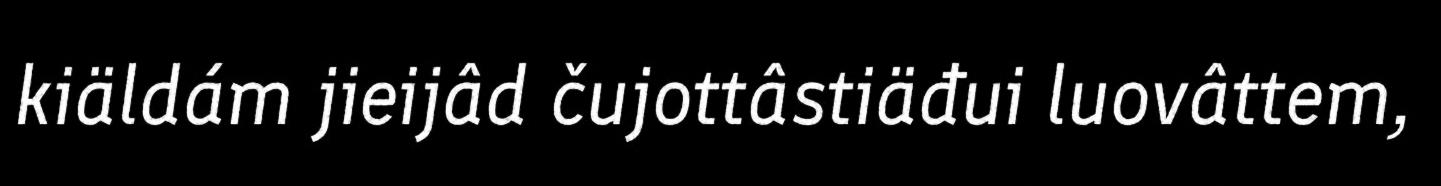
kiäldám jieijâd čujottâstiäđui luovâttem,